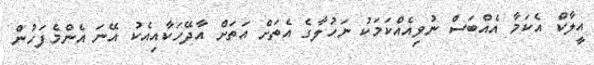
އީލާކް އެކަމާ އެއްބަސް ނުވިއެއްކަމަކު ނަހުލާގެ އެތަށް އަތަށް އާދޭހަކާއިއެކު އޭނަ އެންމެފަހުން